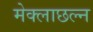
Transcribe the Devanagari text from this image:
मेक्लाछल्न